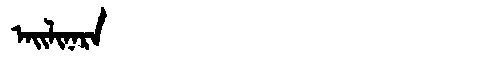
Manchu: ᠠᡳᠯᡳᠨᠠᡵᠠ
Romanization: AILINARA